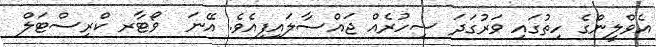
އެވްލީންގެ ހިތުގައި ވަރުގަދަ ސިހުރެއް ޖައްސާލައިފިއެވެ. އޭނަ  ވޯޓާރ ކްރިސްޓަލް